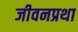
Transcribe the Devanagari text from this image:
जीवनप्रथा